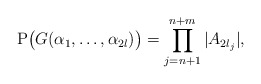
\begin{align*}\mathrm{P}\big(G(\alpha_1,\dots,\alpha_{2l})\big)=\prod_{j=n+1}^{n+m}|A_{2l_j}|,\end{align*}